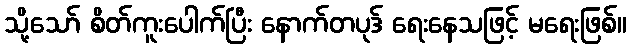
သို့သော် စိတ်ကူးပေါက်ပြီး နောက်တပုဒ် ရေးနေသဖြင့် မရေးဖြစ်။